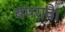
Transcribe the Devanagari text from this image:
बपरावै।